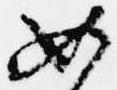
如